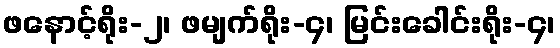
ဖနောင့်ရိုး-၂၊ ဖမျက်ရိုး-၄၊ မြင်းခေါင်းရိုး-၄၊